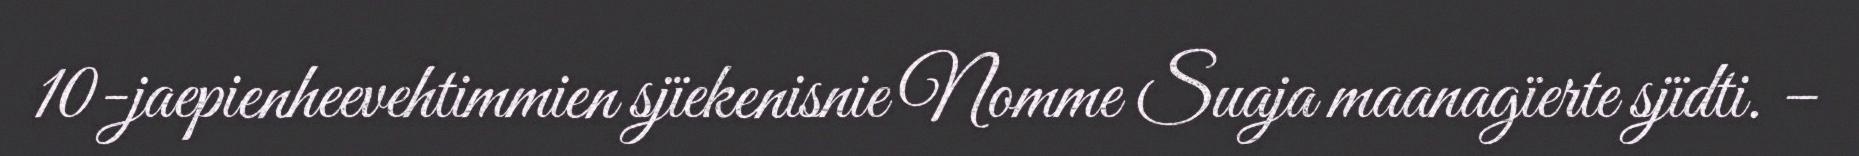
10-jaepienheevehtimmien sjïekenisnie Nomme Suaja maanagïerte sjïdti. –